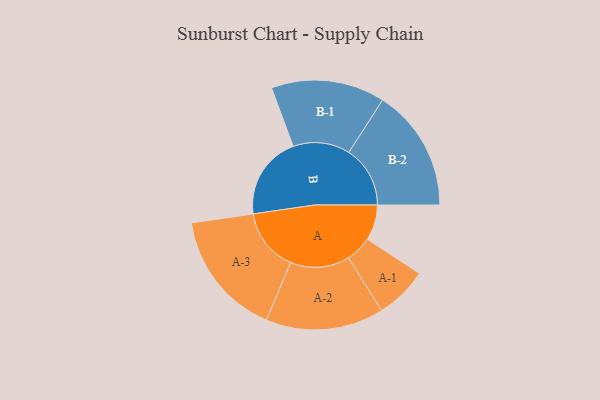
{"axis": {"x": "Segment", "y": "Value"}, "legend": ["", "A", "B"], "data": [{"x": "A", "y": 145, "type": ""}, {"x": "B", "y": 340, "type": ""}, {"x": "A-1", "y": 107, "type": "A"}, {"x": "A-2", "y": 241, "type": "A"}, {"x": "A-3", "y": 257, "type": "A"}, {"x": "B-1", "y": 232, "type": "B"}, {"x": "B-2", "y": 250, "type": "B"}]}